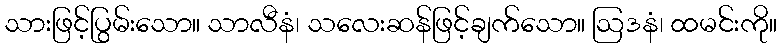
သားဖြင့်ပြွမ်းသော။ သာလီနံ၊ သလေးဆန်ဖြင့်ချက်သော။ ဩဒနံ၊ ထမင်းကို။